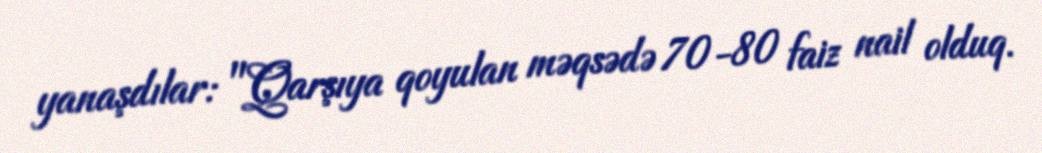
yanaşdılar: "Qarşıya qoyulan məqsədə 70-80 faiz nail olduq.